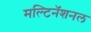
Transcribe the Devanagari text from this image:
मल्टिनॅशनल